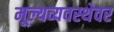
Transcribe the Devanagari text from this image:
मूल्यव्यवस्थेवर